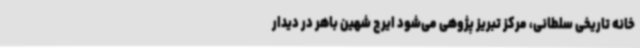
خانه تاریخی سلطانی، مرکز تبریز پژوهی می‌شود ایرج شهین باهر در دیدار